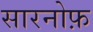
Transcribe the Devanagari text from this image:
सारनोफ़